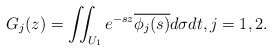
\begin{align*}G_j(z) = \iint_{U_1} e^{-sz}\overline{\phi_j(s)}d\sigma dt,j=1,2.\end{align*}